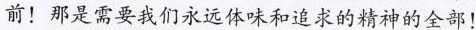
前的震撼。那是愤怒的极致，激昂的顶端，凶猛的无限，力量的空前！那是需要我们永远体味和追求的精神的全部！